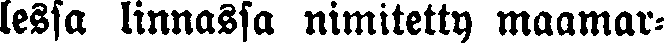
lessa linnassa nimitetty maamar-